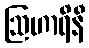
ဩဟာရိနီ